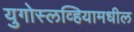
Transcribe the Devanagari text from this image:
युगोस्लव्हियामधील